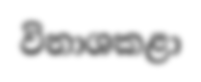
විනාශකළා